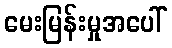
မေးမြန်းမှုအပေါ်